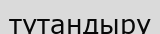
түтандыру